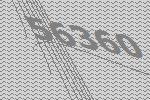
56360